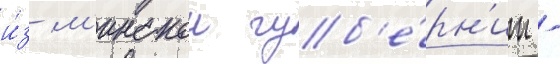
и́з м'инскои губ'е́рн'ии -